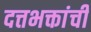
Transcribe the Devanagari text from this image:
दत्तभक्तांची